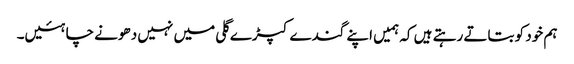
ہم خود کو بتاتے رہتے ہیں کہ ہمیں اپنے گندے کپڑے گلی میں نہیں دھونے چاہئیں۔